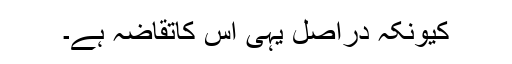
کیونکہ دراصل یہی اس کاتقاضہ ہے۔